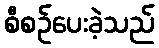
စီစဉ်ပေးခဲ့သည်